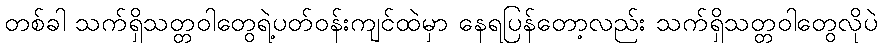
တစ်ခါ သက်ရှိသတ္တဝါတွေရဲ့ပတ်ဝန်းကျင်ထဲမှာ နေရပြန်တော့လည်း သက်ရှိသတ္တဝါတွေလိုပဲ